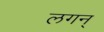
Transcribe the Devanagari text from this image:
लगन्